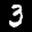
Label: 3